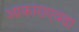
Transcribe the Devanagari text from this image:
आकाराएवढा